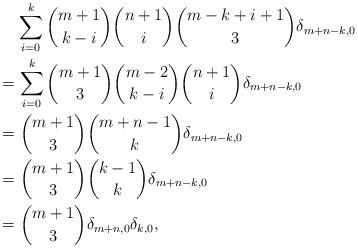
LaTeX: \begin{align*} &\phantom{=}\,\,\sum_{i=0}^k\binom{m+1}{k-i}\binom{n+1}{i}\binom{m-k+i+1}{3}\delta_{m+n-k,0}\\ &=\sum_{i=0}^k \binom{m+1}{3} \binom{m-2}{k-i}\binom{n+1}{i}\delta_{m+n-k,0}\\ &=\binom{m+1}{3} \binom{m+n-1}{k}\delta_{m+n-k,0}\\ &=\binom{m+1}{3} \binom{k-1}{k}\delta_{m+n-k,0}\\ &=\binom{m+1}{3}\delta_{m+n,0}\delta_{k,0},\end{align*}